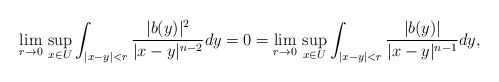
\begin{align*}\lim_{r\to 0}\,\sup_{x\in U}\int_{|x-y|<r}\frac{|b(y)|^2}{|x-y|^{n-2}}dy=0=\lim_{r\to 0}\,\sup_{x\in U}\int_{|x-y|<r}\frac{|b(y)|}{|x-y|^{n-1}}dy,\end{align*}